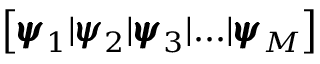
\left[ { \pmb { \psi } } _ { 1 } | { \pmb { \psi } } _ { 2 } | { \pmb { \psi } } _ { 3 } | . . . | { \pmb { \psi } } _ { M } \right]